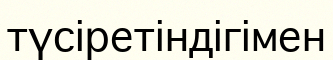
түсіретіндігімен